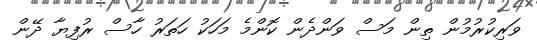
ވަރިކުރުމުން ތިން މަސް ވަންދެން ކޮންމެ މަހަކު ހަތަރު ހާސް ރުފިޔާ ދޭން